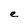
Character: e